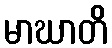
မာဃာတိ